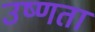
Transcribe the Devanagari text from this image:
उष्‍णता